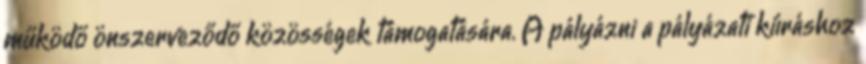
működő önszerveződő közösségek támogatására. A pályázni a pályázati kiíráshoz